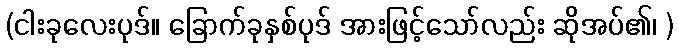
(ငါးခုလေးပုဒ်။ ခြောက်ခုနှစ်ပုဒ် အားဖြင့်သော်လည်း ဆိုအပ်၏၊ )